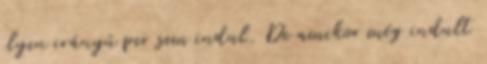
ilyen irányú per sem indul. De amikor még indult